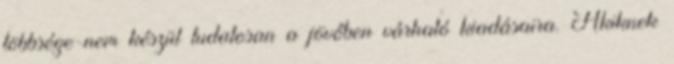
többsége nem készül tudatosan a jövőben várható kiadásaira. Akiknek